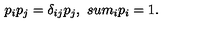
p _ { i } p _ { j } = \delta _ { i j } p _ { j } , \ s u m _ { i } p _ { i } = 1 .